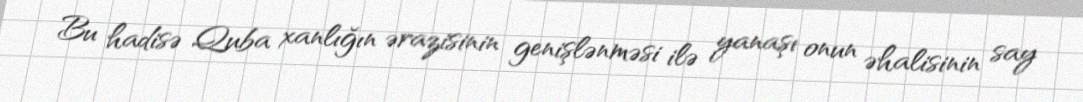
Bu hadisə Quba xanlığın ərazisinin genişlənməsi ilə yanaşı onun əhalisinin say